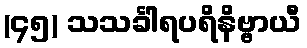
(၄၅) သသင်္ခါရပရိနိဗ္ဗာယီ